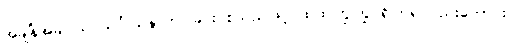
အချိန်အခါဝယ် သင်္ဂါယနာတင်ခြင်း စသည်ဖြင့် ထထကြွကြွ ရှိကြ၍လည်းကောင်း